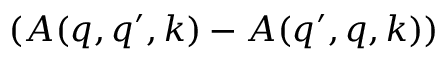
\left( A ( q , q ^ { \prime } , k ) - A ( q ^ { \prime } , q , k ) \right)